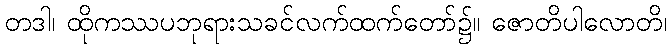
တဒါ၊ ထိုကဿပဘုရားသခင်လက်ထက်တော်၌။ ဇောတိပါလောတိ၊